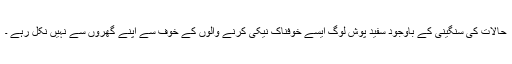
حالات کی سنگینی کے باوجود سفید پوش لوگ ایسے خوفناک نیکی کرنے والوں کے خوف سے اپنے گھروں سے نہیں نکل رہے ۔